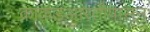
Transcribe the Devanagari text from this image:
काकडआरतीपासून